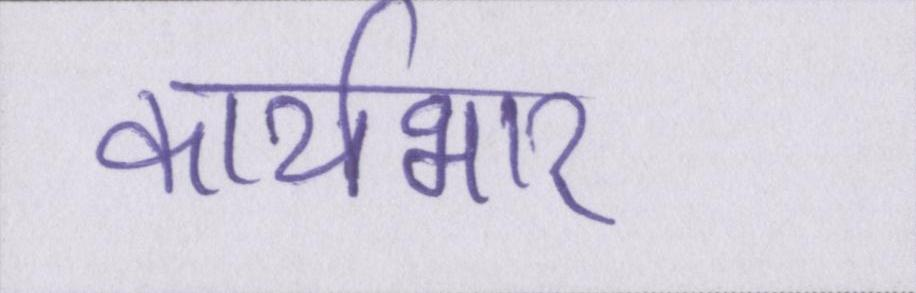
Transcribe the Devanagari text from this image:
कार्यभार